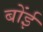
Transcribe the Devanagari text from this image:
बोंई